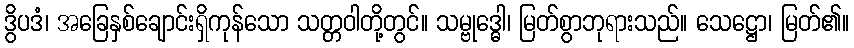
ဒွိပဒံ၊ အခြေနှစ်ချောင်းရှိကုန်သော သတ္တဝါတို့တွင်။ သမ္ဗုဒ္ဓေါ၊ မြတ်စွာဘုရားသည်။ သေဋ္ဌော၊ မြတ်၏။